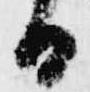
白